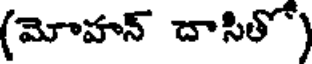
(మోహన్ దాసితో)